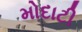
મોદાટી